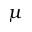
\mu